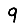
Digit: 9